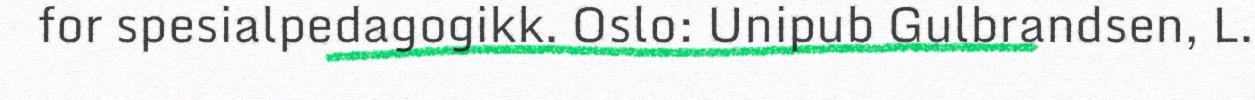
for spesialpedagogikk. Oslo: Unipub Gulbrandsen, L.